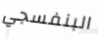
البنفسجي